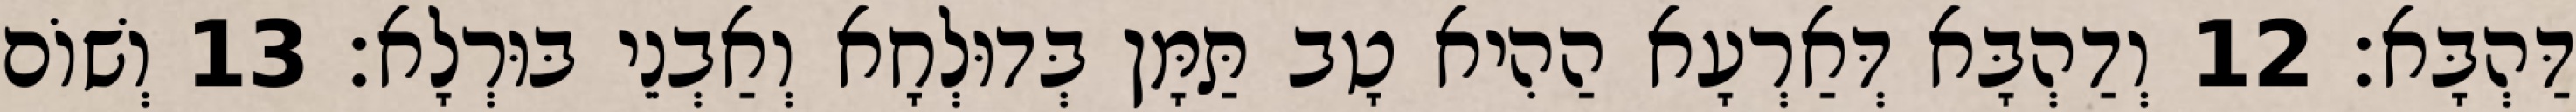
דַּהְבָּא׃ 12 וְדַהְבָּא דְּאַרְעָא הַהִיא טָב תַּמָּן בְּדוּלְחָא וְאַבְנֵי בּוּרְלָא׃ 13 וְשׁוֹם